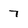
Character: 7